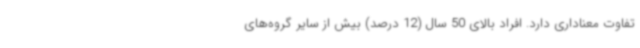
تفاوت معناداری دارد. افراد بالای 50 سال (12 درصد) بیش از سایر گروه‌های